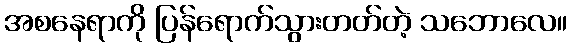
အစနေရာကို ပြန်ရောက်သွားတတ်တဲ့ သဘောလေ။